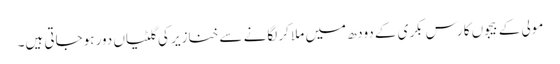
مولی کے بیجوں کا رس بکری کے دودھ میں ملا کر لگانے سے خنازیر کی گلٹیاں دور ہوجاتی ہیں۔